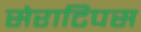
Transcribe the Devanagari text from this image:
सेराटिपस